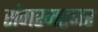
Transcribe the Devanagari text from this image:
संगरमरमर